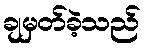
ချမှတ်ခဲ့သည်